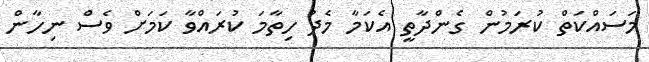
މަސައްކަތް ކުރަމުން ގެންދާތީ އެކަމާ މެދު ހިތާމަ ކުރައްވާ ކަމަށް ވެސް ނިހާން